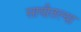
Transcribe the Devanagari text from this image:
सायीतल्या